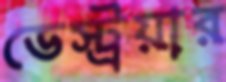
ডেস্ট্রয়ার